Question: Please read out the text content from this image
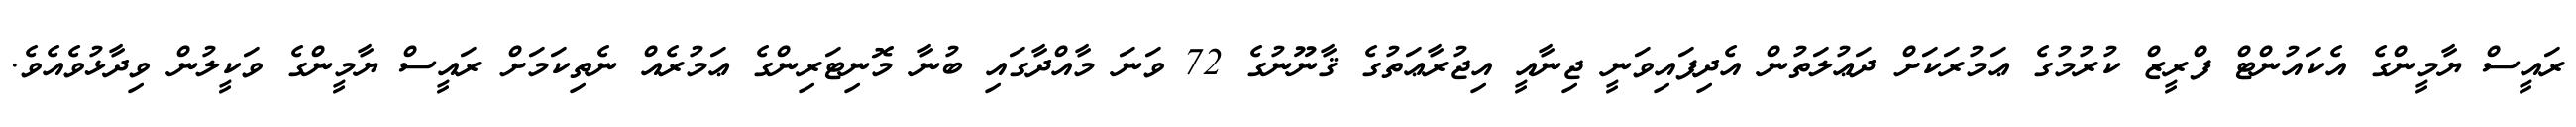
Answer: ރައީސް ޔާމީންގެ އެކައުންޓް ފްރީޒް ކުރުމުގެ ޢަމުރަކަށް ދަޢުލަތުން އެދިފައިވަނީ ޖިނާއީ އިޖުރާޢަތުގެ ޤާނޫނުގެ 72 ވަނަ މާއްދާގައި ބުނާ މޮނިޓަރިންގެ ޢަމުރެއް ނެތިކަމަށް ރައީސް ޔާމީންގެ ވަކީލުން ވިދާޅުވެއެވެ.